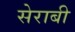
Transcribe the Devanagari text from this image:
सेराबी